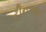
ટીનઆઈ